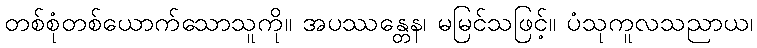
တစ်စုံတစ်ယောက်သောသူကို။ အပဿန္တေန၊ မမြင်သဖြင့်။ ပံသုကူလသညာယ၊